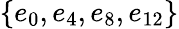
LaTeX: \{ e_{0},e_{4},e_{8},e_{12}\}